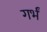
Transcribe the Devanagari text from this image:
गर्भं